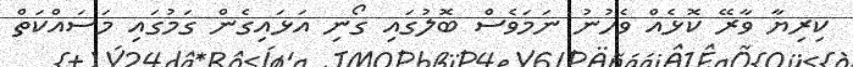
ކިރިޔާ ވާރޭ ކޮޅެއް ވެހުނު ނަމަވެސް ބޮލުގައި ގޯނި އަޅައިގެން ގަމުގައި މަސައްކަތް